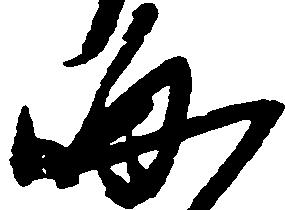
晦